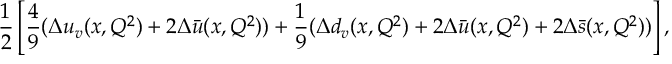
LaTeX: { \frac { 1 } { 2 } } \left[ { \frac { 4 } { 9 } } ( \Delta u _ { v } ( x , Q ^ { 2 } ) + 2 \Delta \bar { u } ( x , Q ^ { 2 } ) ) + { \frac { 1 } { 9 } } ( \Delta d _ { v } ( x , Q ^ { 2 } ) + 2 \Delta \bar { u } ( x , Q ^ { 2 } ) + 2 \Delta \bar { s } ( x , Q ^ { 2 } ) ) \right] ,